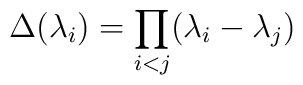
\Delta (\lambda _{i})=\prod _{i<j} (\lambda _{i} -\lambda _{j})